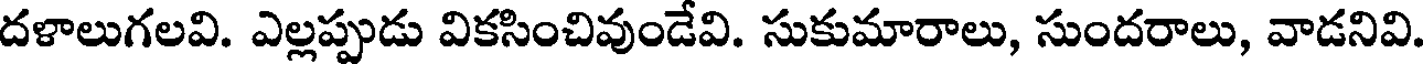
దళాలుగలవి. ఎల్లప్పుడు వికసించివుండేవి. సుకుమారాలు, సుందరాలు, వాడనివి.